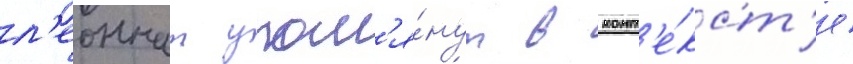
л'еоннат упом'я́нут в конт'е́кст'е